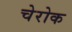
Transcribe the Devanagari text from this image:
चेरोक